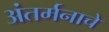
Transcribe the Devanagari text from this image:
अंतर्मनाचे